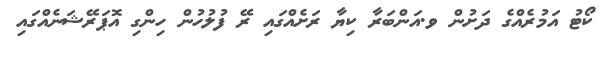
ކޯޓު އަމުރެއްގެ ދަށުން ވ.އަންބަރާ ކިޔާ ރަށެއްގައި ރޭ ފުލުހުން ހިންގި އޮޕަރޭޝަނެއްގައި